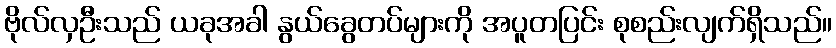
ဗိုလ်လှဦးသည် ယခုအခါ နွယ်ခွေတပ်များကို အပူတပြင်း စုစည်းလျက်ရှိသည်။